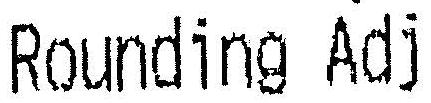
ROUNDING ADJ